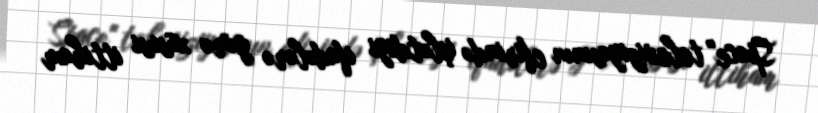
Space" televiziyasının efirində işlətdiyi ifadələrə görə xüsusi ittiham